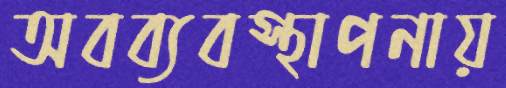
অবব্যবস্থাপনায়